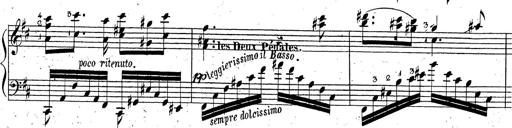
Title: Grande fantaisie sur la tyrolienne de l'opÃ©ra
Composer: Franz Liszt
Key: A major